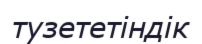
тузететіндік